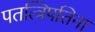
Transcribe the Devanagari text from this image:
पतत्त्रिपतिना